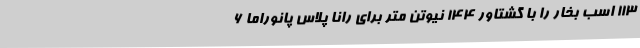
۱۱۳ اسب بخار را با گشتاور ۱۴۴ نیوتن متر برای رانا پلاس پانوراما ۶